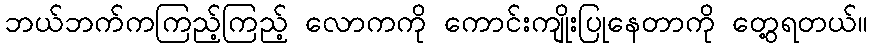
ဘယ်ဘက်ကကြည့်ကြည့် လောကကို ကောင်းကျိုးပြုနေတာကို တွေ့ရတယ်။